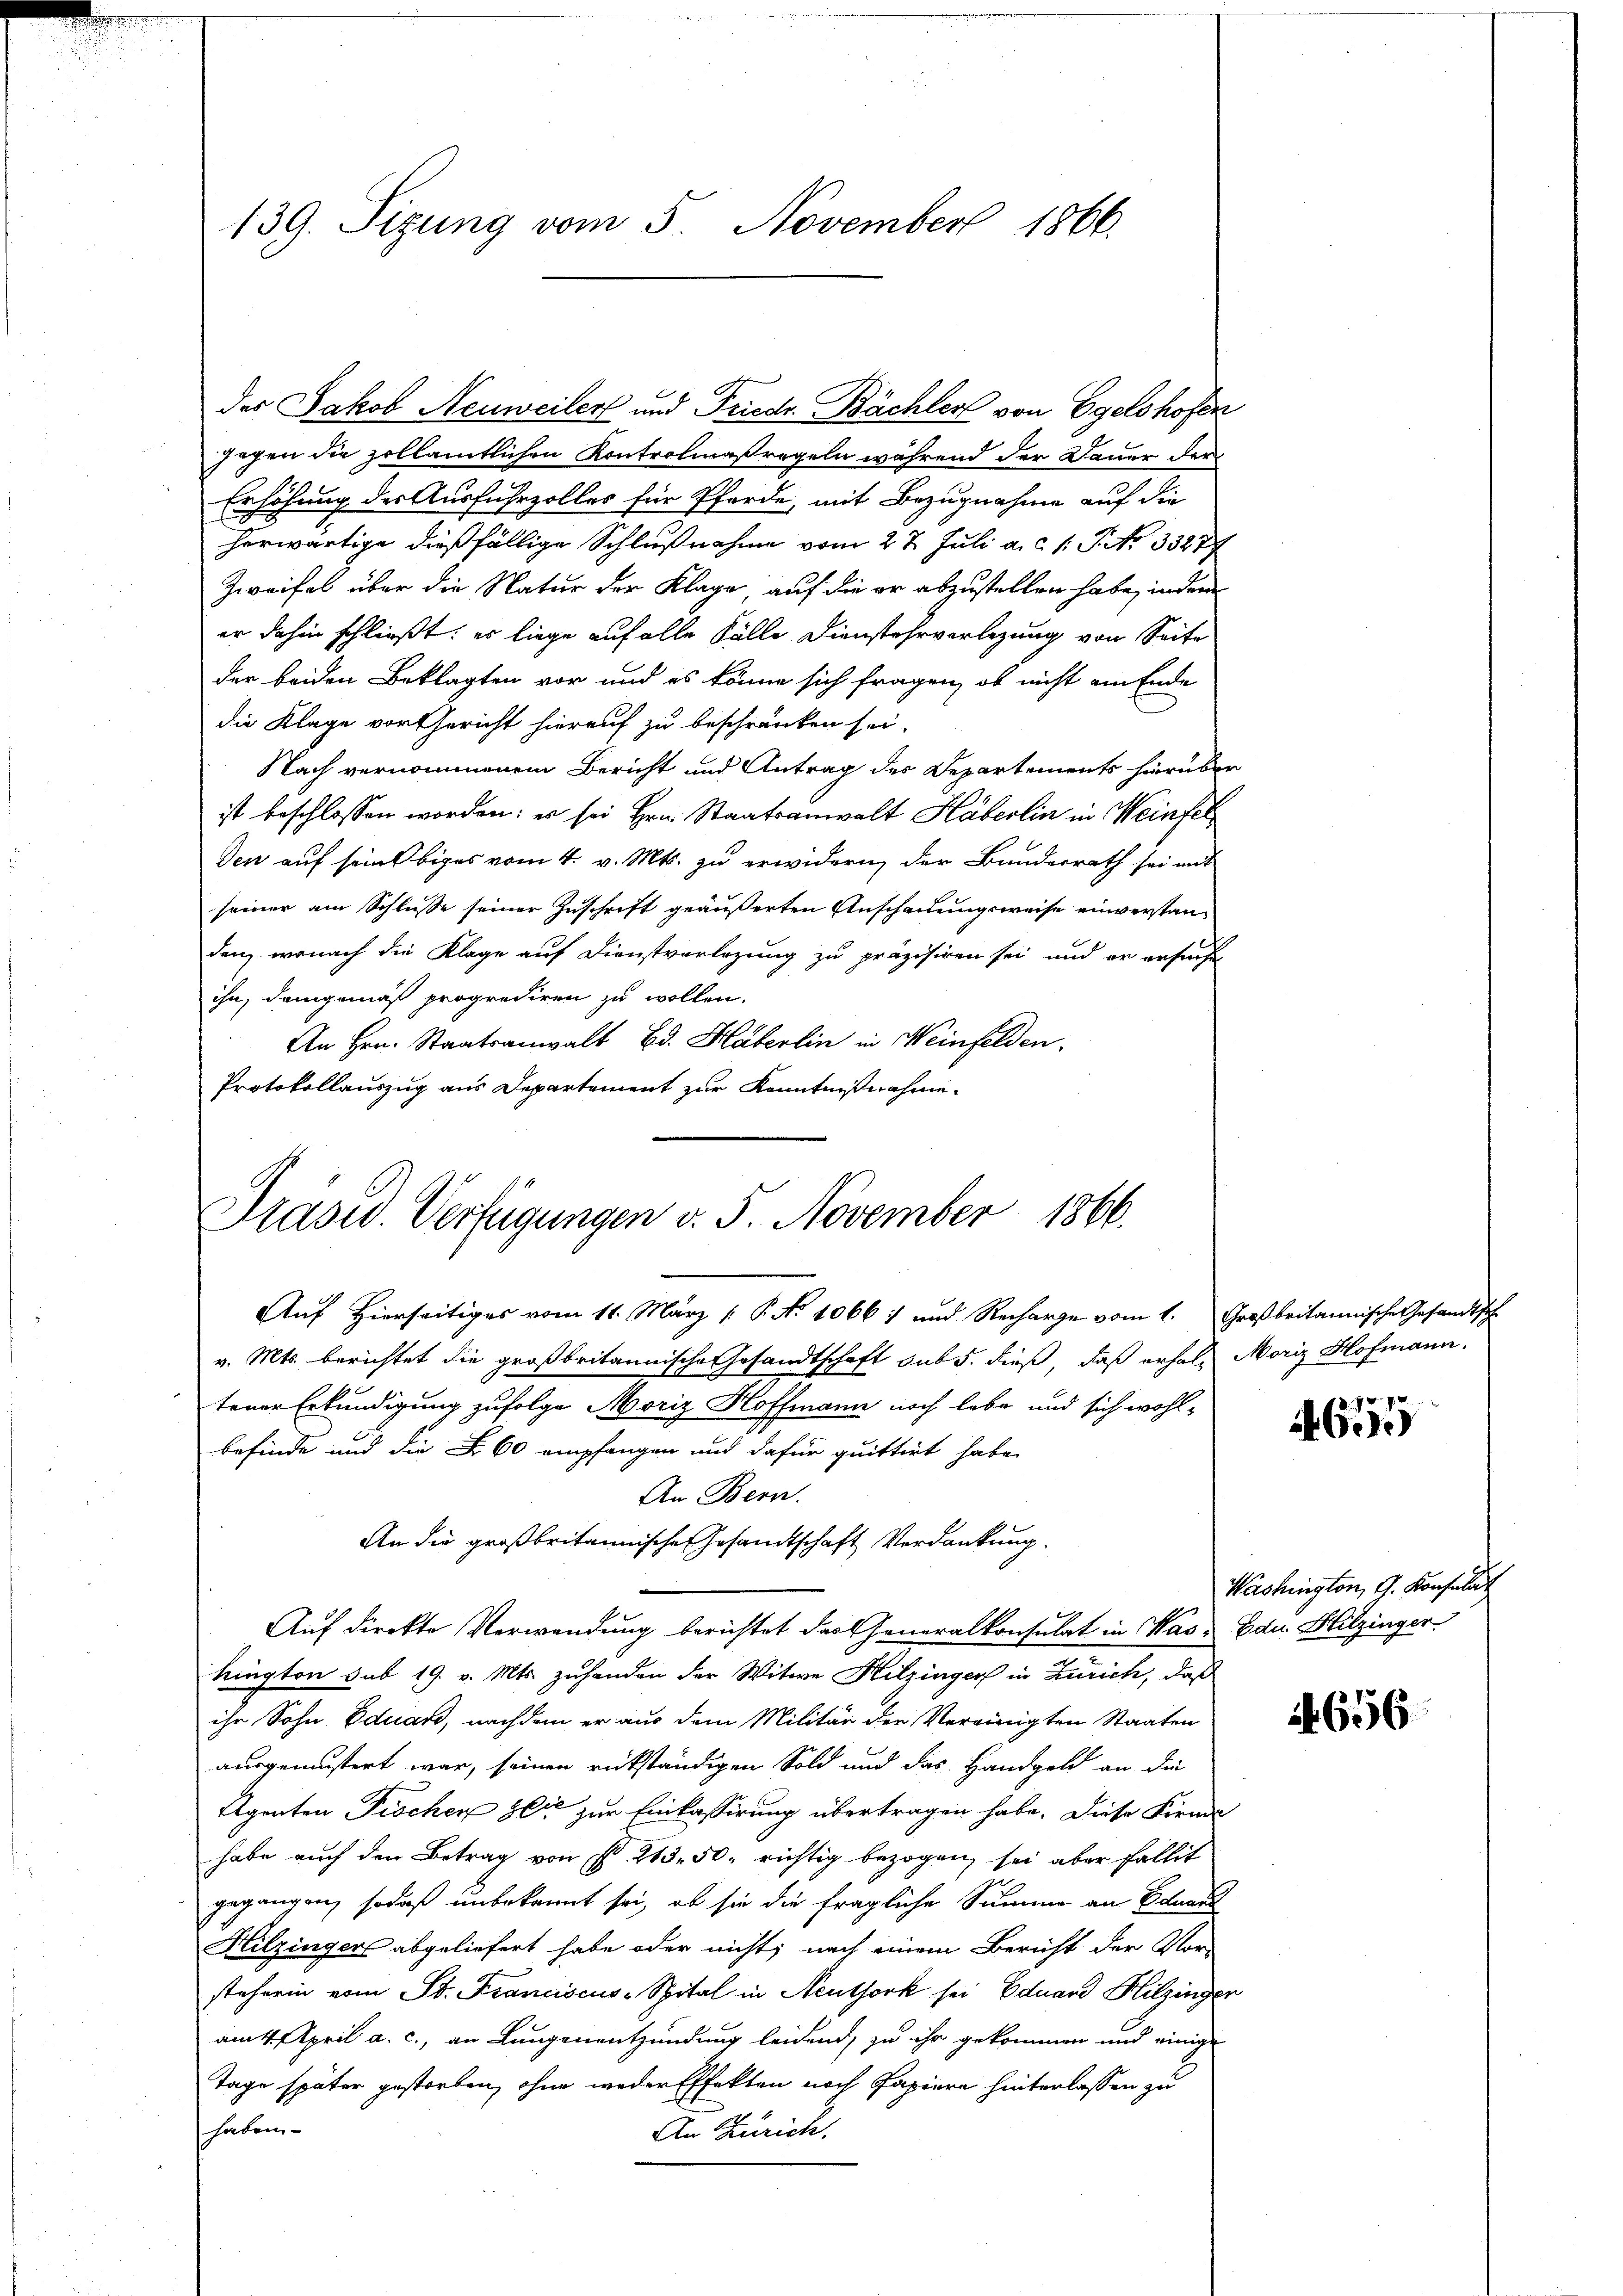
139. Sizung vom 5. November 1866.

des Jakob Neuweiler und Friedr. Bächler von Egelshofen
gegen die zollämtlichen Kontrolmaßregeln während der Dauer der
Erhöhung der Ausfuhrzolles für Pferde, mit Bezugnahme auf die
herwärtige dießfällige Schlußnahme vom 27. Juli a.c. s. S. No 33277
Zweifel über die Natur der Klage auf die er abzustellen habe, indem
er dahin schließt: er liege auf alle Fälle Dienstehrverlegung von Seite
der beiden Beklagten vor und es könne sich fragen, ob nicht am Ende
die Klage vor Gericht hierauf zu beschränken sei.
Nach vernommenem Bericht und Antrag des Departements hierüber
ist beschlossen worden; es sei Hrn. Staatsanwalt Häberlin in Weinfel
den auf sein Obiges vom 4. v. Mts. zu erwidern, der Bunderrath sei mit
seiner am Schlusse seiner Zuschrift geäußerten Anschauungsweise einverstanden, wonach die Klage auf Dienstvorlegung zu präzisiren sei, und er ersuche
ihn, demgemäß proprediren zu wollen.
An Hrn. Staatsanwalt Bd. Häberlin in Weinfelden.
Protokollauszug aus Departement zur Kenntnißnahme

Präsid. Verfügungen v. 5. November 1866.

Auf Hierseitiges vom 11. März [ P. No 10667 und Recharge vom 1. Großbritannische Gesandtsch
v. Mts. berichtet die großbritannische Gesandtschaft sub 5. dieß, daß erhale Moriz Hofmann.
tener Erkundigung zufolge Moriz Hoffmann noch lebe und sich wohl-
befinde und die S. 60 empfangen und dafür quittirt habe.
An Bern.
An die großbritannische Gesandtschaft Verdankung.
Auf direkte Verwendung berichtet das Generalkonsulat in Was - Edu. Hitzinger
hington sub 19. v. Mts. zuhanden der Witwe Hitzinger in Zürich, daß
ihr Sohn Eduard, nachdem er aus dem Militär der Vereinigten Staaten
ausgemustert war, seinen rükständigen Sold und das Handgeld an die
Agenten Fischen Zeit zur Einkassirung übertragen habe. Diese Firma
habe auch den Betrag von f. 213. 50. richtig bezogen, sei aber fallit
gegangen, sodaß unbekannt sei, ob sie die fragliche Summe an Eduard
Hilzingers abgeliefert habe oder nicht; nach einem Bericht der Vor-
steherin vom St. Franciscus-Spital in Neuthork sei Eduard Hitzinger
am 4. April a. c., an Lungenentzündung leidend, zu ihr gekommen und einige
Tage später gestorben, ohne weder Effekten noch Papiere hinterlassen zu
haben
An Zürich.

655

Washington G. Konsulat

656